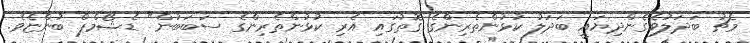
މެޗު ބަދަލުވެގެންދިޔައީ ބަދަލު ކުޅުންތެރިންގެ ގޮތުގައި އެރި ކުޅުންތެރިންގެ ސަބަބުން" ޑެޝޯމްޕް ބުންޏެވެ.